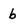
Character: b